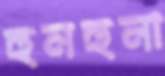
হুনহুনা